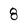
Character: 8